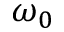
\omega _ { 0 }